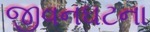
જીવનઘટના